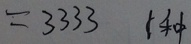
= 3 3 3 3 1 种